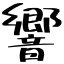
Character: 響